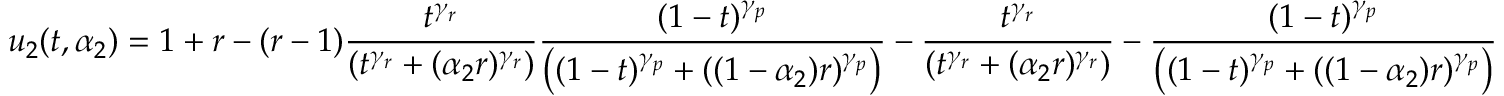
u _ { 2 } ( t , \alpha _ { 2 } ) = 1 + r - ( r - 1 ) \frac { t ^ { \gamma _ { r } } } { \left( t ^ { \gamma _ { r } } + ( \alpha _ { 2 } r ) ^ { \gamma _ { r } } \right) } \frac { ( 1 - t ) ^ { \gamma _ { p } } } { \left( ( 1 - t ) ^ { \gamma _ { p } } + ( ( 1 - \alpha _ { 2 } ) r ) ^ { \gamma _ { p } } \right) } - \frac { t ^ { \gamma _ { r } } } { \left( t ^ { \gamma _ { r } } + ( \alpha _ { 2 } r ) ^ { \gamma _ { r } } \right) } - \frac { ( 1 - t ) ^ { \gamma _ { p } } } { \left( ( 1 - t ) ^ { \gamma _ { p } } + ( ( 1 - \alpha _ { 2 } ) r ) ^ { \gamma _ { p } } \right) }